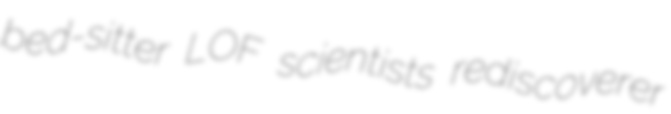
bed-sitter LOF scientists rediscoverer